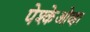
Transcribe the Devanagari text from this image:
पेश्केओव्हा